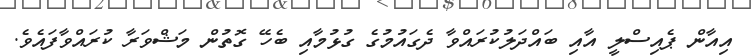
އިއާން ޕެއިސްލީ އާއި ބައްދަލުކުރައްވާ ދެގައުމުގެ ގުޅުމާއި ބެހޭ ގޮތުން މަޝްވަރާ ކުރައްވާފައެވެ.